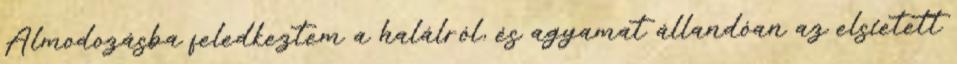
Álmodozásba feledkeztem a halálról, és agyamat állandóan az elsietett